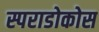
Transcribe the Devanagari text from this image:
स्पराडोकोस